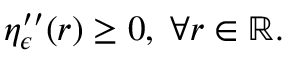
\eta _ { \epsilon } ^ { \prime \prime } ( r ) \geq 0 , \; \forall r \in \mathbb { R } .